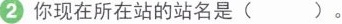
②你现在所在站的站名是()。